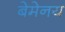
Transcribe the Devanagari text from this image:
बेमेनय